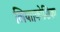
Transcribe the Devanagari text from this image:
लिया।कोशिका